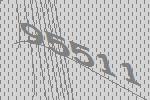
95511